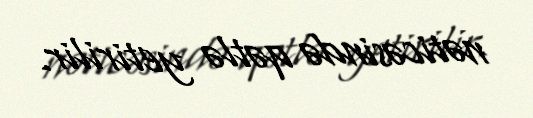
nəticəsində qətlə yetirilir.